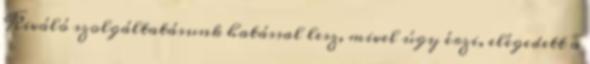
Kiváló szolgáltatásunk hatással lesz, mivel úgy érzi, elégedett a